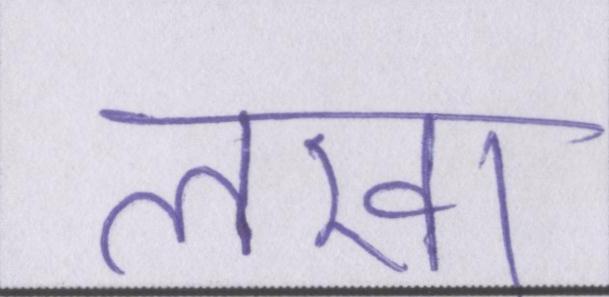
लखा